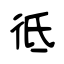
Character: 彽